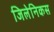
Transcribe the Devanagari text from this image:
जिलेनिकस